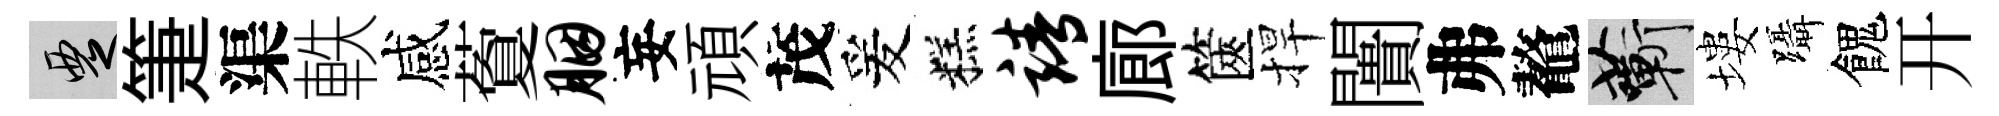
覂箑渠軼感藑胭妄頑茂爰糕靖廊篋捍闠弗鼇蔪塿躡餽开